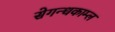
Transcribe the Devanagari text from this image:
सेगन्धकाम्ल